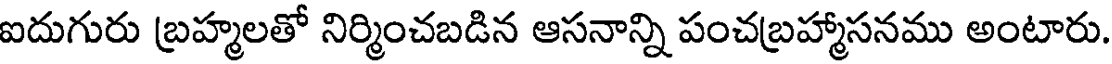
ఐదుగురు బ్రహ్మలతో నిర్మించబడిన ఆసనాన్ని పంచబ్రహ్మాసనము అంటారు.